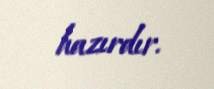
hazırdır.